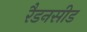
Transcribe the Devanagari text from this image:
रैडनसीड